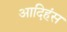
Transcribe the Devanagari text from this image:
आदिहंस